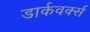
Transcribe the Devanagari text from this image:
डार्कवर्क्स